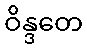
ဝိန္ဒတေ